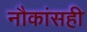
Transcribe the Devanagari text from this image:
नौकांसही